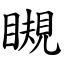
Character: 瞡